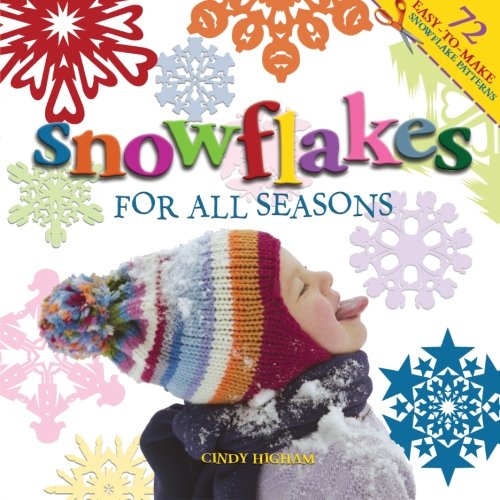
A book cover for Snowflakes for all Seasons: 72 Fold & Cut Paper Snowflakes; Cindy Higham; Crafts, Hobbies & Home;